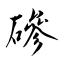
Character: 磣